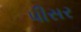
પીસર